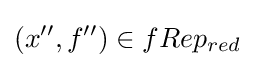
(x'',f'')\in fRep_{red}